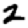
Digit: 2